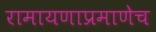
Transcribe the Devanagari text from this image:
रामायणाप्रमाणेच